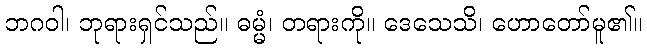
ဘဂဝါ၊ ဘုရားရှင်သည်။ ဓမ္မံ၊ တရားကို။ ဒေသေသိ၊ ဟောတော်မူ၏။